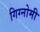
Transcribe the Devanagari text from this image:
गिग्नोमी